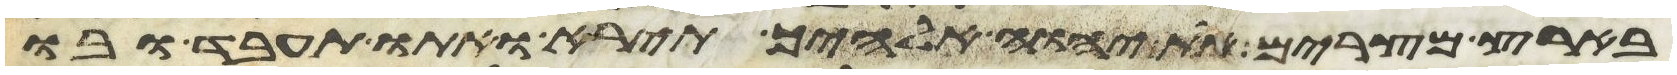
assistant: בארץ מצרים את יהוה אלהיך תירא ואתו תעבד ובו